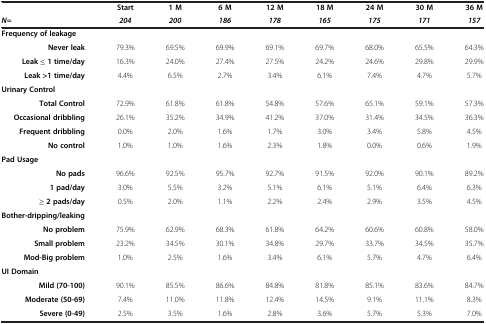
<table><thead><tr><td>[EMPTY_CELL]</td><td><b>Start</b></td><td><b>1 M</b></td><td><b>6 M</b></td><td><b>12 M</b></td><td><b>18 M</b></td><td><b>24 M</b></td><td><b>30 M</b></td><td><b>36 M</b></td></tr><tr><td><b><i>N=</i></b></td><td><b><i>204</i></b></td><td><b><i>200</i></b></td><td><b><i>186</i></b></td><td><b><i>178</i></b></td><td><b><i>165</i></b></td><td><b><i>175</i></b></td><td><b><i>171</i></b></td><td><b><i>157</i></b></td></tr></thead><tbody><tr><td><b>Frequency of leakage</b></td><td>[EMPTY_CELL]</td><td>[EMPTY_CELL]</td><td>[EMPTY_CELL]</td><td>[EMPTY_CELL]</td><td>[EMPTY_CELL]</td><td>[EMPTY_CELL]</td><td>[EMPTY_CELL]</td><td>[EMPTY_CELL]</td></tr><tr><td><b>Never leak</b></td><td>79.3%</td><td>69.5%</td><td>69.9%</td><td>69.1%</td><td>69.7%</td><td>68.0%</td><td>65.5%</td><td>64.3%</td></tr><tr><td><b>Leak ≤ 1 time/day</b></td><td>16.3%</td><td>24.0%</td><td>27.4%</td><td>27.5%</td><td>24.2%</td><td>24.6%</td><td>29.8%</td><td>29.9%</td></tr><tr><td><b>Leak &gt;1 time/day</b></td><td>4.4%</td><td>6.5%</td><td>2.7%</td><td>3.4%</td><td>6.1%</td><td>7.4%</td><td>4.7%</td><td>5.7%</td></tr><tr><td><b>Urinary Control</b></td><td>[EMPTY_CELL]</td><td>[EMPTY_CELL]</td><td>[EMPTY_CELL]</td><td>[EMPTY_CELL]</td><td>[EMPTY_CELL]</td><td>[EMPTY_CELL]</td><td>[EMPTY_CELL]</td><td>[EMPTY_CELL]</td></tr><tr><td><b>Total Control</b></td><td>72.9%</td><td>61.8%</td><td>61.8%</td><td>54.8%</td><td>57.6%</td><td>65.1%</td><td>59.1%</td><td>57.3%</td></tr><tr><td><b>Occasional dribbling</b></td><td>26.1%</td><td>35.2%</td><td>34.9%</td><td>41.2%</td><td>37.0%</td><td>31.4%</td><td>34.5%</td><td>36.3%</td></tr><tr><td><b>Frequent dribbling</b></td><td>0.0%</td><td>2.0%</td><td>1.6%</td><td>1.7%</td><td>3.0%</td><td>3.4%</td><td>5.8%</td><td>4.5%</td></tr><tr><td><b>No control</b></td><td>1.0%</td><td>1.0%</td><td>1.6%</td><td>2.3%</td><td>1.8%</td><td>0.0%</td><td>0.6%</td><td>1.9%</td></tr><tr><td><b>Pad Usage</b></td><td>[EMPTY_CELL]</td><td>[EMPTY_CELL]</td><td>[EMPTY_CELL]</td><td>[EMPTY_CELL]</td><td>[EMPTY_CELL]</td><td>[EMPTY_CELL]</td><td>[EMPTY_CELL]</td><td>[EMPTY_CELL]</td></tr><tr><td><b>No pads</b></td><td>96.6%</td><td>92.5%</td><td>95.7%</td><td>92.7%</td><td>91.5%</td><td>92.0%</td><td>90.1%</td><td>89.2%</td></tr><tr><td><b>1 pad/day</b></td><td>3.0%</td><td>5.5%</td><td>3.2%</td><td>5.1%</td><td>6.1%</td><td>5.1%</td><td>6.4%</td><td>6.3%</td></tr><tr><td><b>≥ 2 pads/day</b></td><td>0.5%</td><td>2.0%</td><td>1.1%</td><td>2.2%</td><td>2.4%</td><td>2.9%</td><td>3.5%</td><td>4.5%</td></tr><tr><td><b>Bother-dripping/leaking</b></td><td>[EMPTY_CELL]</td><td>[EMPTY_CELL]</td><td>[EMPTY_CELL]</td><td>[EMPTY_CELL]</td><td>[EMPTY_CELL]</td><td>[EMPTY_CELL]</td><td>[EMPTY_CELL]</td><td>[EMPTY_CELL]</td></tr><tr><td><b>No problem</b></td><td>75.9%</td><td>62.9%</td><td>68.3%</td><td>61.8%</td><td>64.2%</td><td>60.6%</td><td>60.8%</td><td>58.0%</td></tr><tr><td><b>Small problem</b></td><td>23.2%</td><td>34.5%</td><td>30.1%</td><td>34.8%</td><td>29.7%</td><td>33.7%</td><td>34.5%</td><td>35.7%</td></tr><tr><td><b>Mod-Big problem</b></td><td>1.0%</td><td>2.5%</td><td>1.6%</td><td>3.4%</td><td>6.1%</td><td>5.7%</td><td>4.7%</td><td>6.4%</td></tr><tr><td><b>UI Domain</b></td><td>[EMPTY_CELL]</td><td>[EMPTY_CELL]</td><td>[EMPTY_CELL]</td><td>[EMPTY_CELL]</td><td>[EMPTY_CELL]</td><td>[EMPTY_CELL]</td><td>[EMPTY_CELL]</td><td>[EMPTY_CELL]</td></tr><tr><td><b>Mild (70-100)</b></td><td>90.1%</td><td>85.5%</td><td>86.6%</td><td>84.8%</td><td>81.8%</td><td>85.1%</td><td>83.6%</td><td>84.7%</td></tr><tr><td><b>Moderate (50-69)</b></td><td>7.4%</td><td>11.0%</td><td>11.8%</td><td>12.4%</td><td>14.5%</td><td>9.1%</td><td>11.1%</td><td>8.3%</td></tr><tr><td><b>Severe (0-49)</b></td><td>2.5%</td><td>3.5%</td><td>1.6%</td><td>2.8%</td><td>3.6%</td><td>5.7%</td><td>5.3%</td><td>7.0%</td></tr></tbody></table>